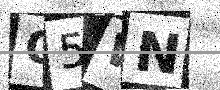
Text: O5WN